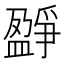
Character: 𤔷